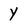
Character: Y